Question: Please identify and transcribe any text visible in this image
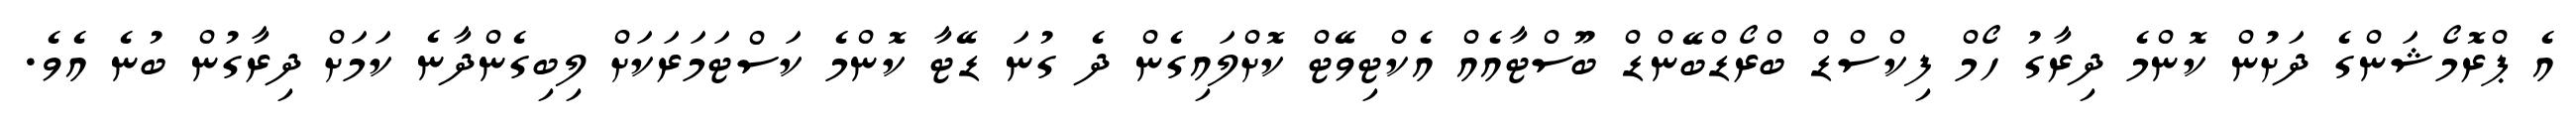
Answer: އެ ޕްރޮމޯޝަންގެ ދަށުން ކޮންމެ ދިރާގު ހޯމް ފިކްސްޑް ބްރޯޑްބޭންޑް ބޫސްޓާއެއް އެކްޓިވޭޓް ކޮށްލައިގެން ދެ ގުނަ ޑޭޓާ ކޮންމެ ކަސްޓަމަރަކަށް ލިބިގެންދާނެ ކަމަށް ދިރާގުން ބުނެ އެވެ.